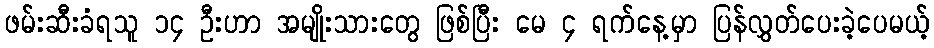
ဖမ်းဆီးခံရသူ ၁၄ ဦးဟာ အမျိုးသားတွေ ဖြစ်ပြီး မေ ၄ ရက်နေ့မှာ ပြန်လွှတ်ပေးခဲ့ပေမယ့်